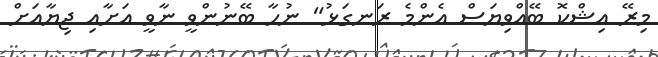
މިރޭ އިޝްކޮ ބޭއްވިޔަސް އެންމެ ރަނގަޅު" ނުހާ ބޭނުންވީ ނާވީ އަށާއި ޖިޔާއަށް